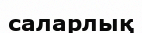
саларлық